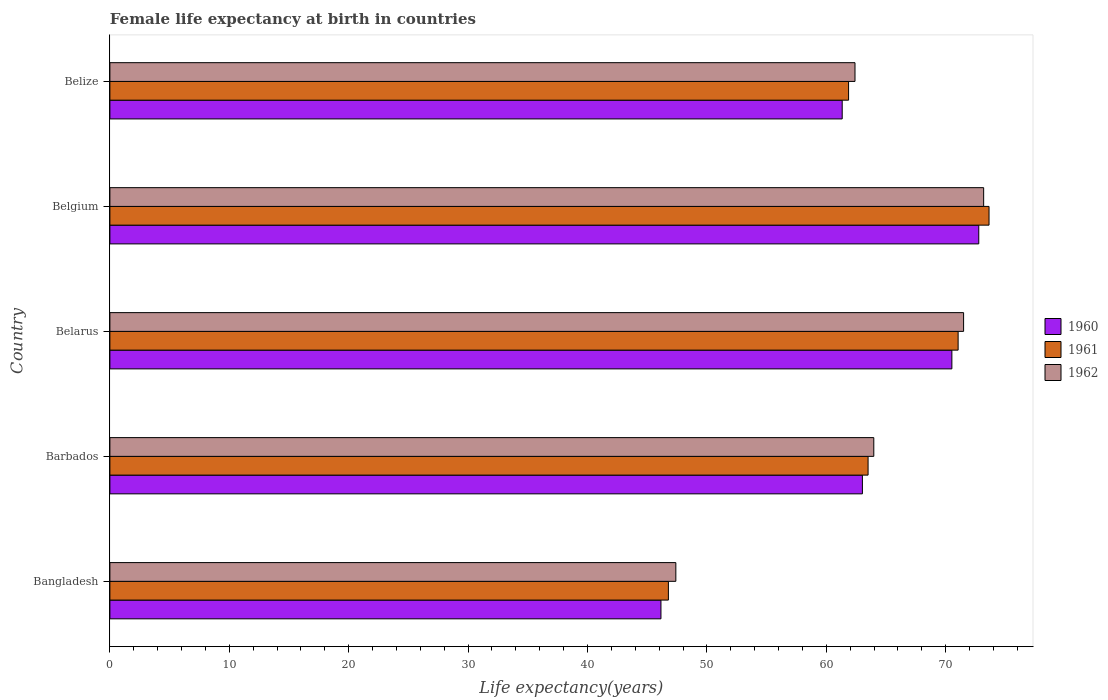
| Country | 1960 | 1961 | 1962 |
 | --- | --- | --- | --- |
 | Bangladesh | 46.2 | 46.8 | 47.4 |
 | Barbados | 63 | 63.5 | 64 |
 | Belarus | 70.5 | 71 | 71.5 |
 | Belgium | 72.8 | 73.6 | 73.2 |
 | Belize | 61.3 | 61.9 | 62.4 |